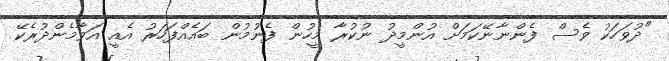
"ދުވަހަކު ވެސް ފެންނާނޭކަމަށް އުންމީދު ނުކުރާ މީހުން ފެނުމުން ބައެއްފަހަރު އެއީ އަވާމެންދުރެކޭ